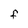
Character: f